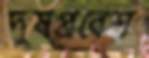
দুষপ্রবেশ